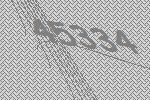
45334